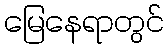
မြေနေရာတွင်